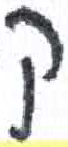
אות: ק